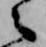
之